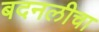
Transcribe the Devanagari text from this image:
बदनलीचा